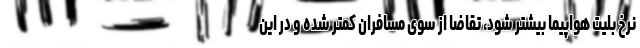
نرخ بلیت هواپیما بیشتر شود، تقاضا از سوی مسافران کمتر شده و در این